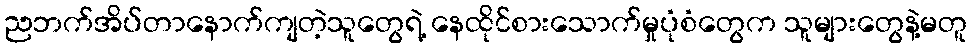
ညဘက်အိပ်တာနောက်ကျတဲ့သူတွေရဲ့ နေထိုင်စားသောက်မှုပုံစံတွေက သူများတွေနဲ့မတူ